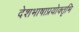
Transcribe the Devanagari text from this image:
देशभाषाप्रयोक्तृभि